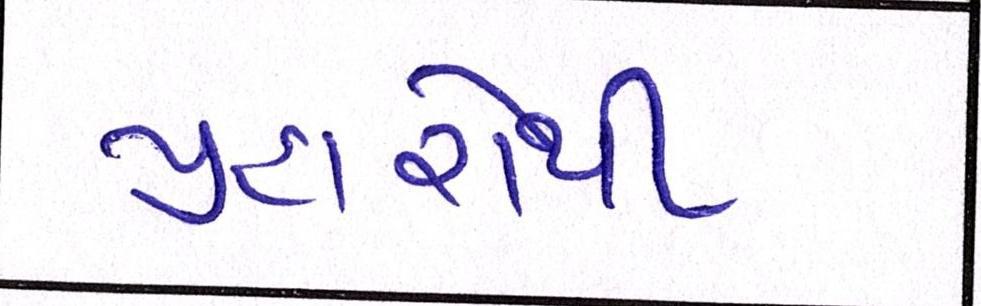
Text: પ્રહારોથી